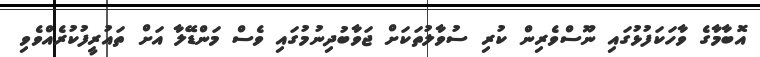
އޮބާމާގެ ވާހަކަފުޅުގައި ނޫސްވެރިން ކުރި ސުވާލުތަކަށް ޖަވާބުދިނުމުގައި ވެސް މަންޑޭލާ އަށް ތައުރީފުކުރެއްވެވި